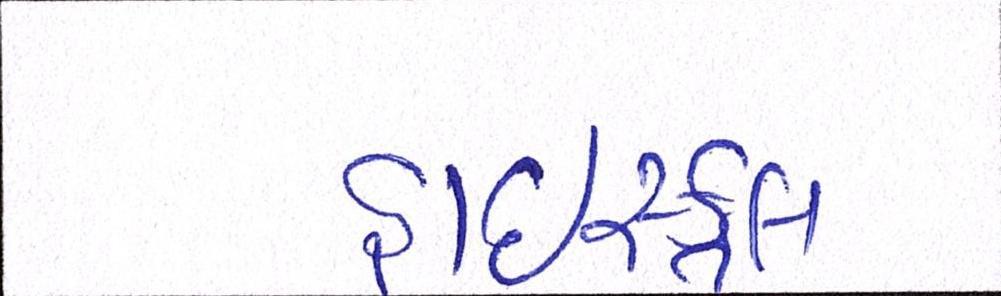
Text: હાઇસ્કૂલ